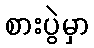
စားပွဲမှာ